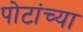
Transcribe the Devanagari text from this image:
पोटांच्या